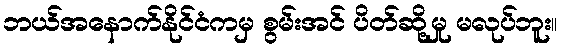
ဘယ်အနောက်နိုင်ငံကမှ စွမ်းအင် ပိတ်ဆို့မှု မလုပ်ဘူး။